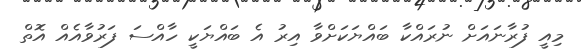
މިއީ ފުރާނައަށް ނުރައްކާ ބައްޔަކަށްވާ އިރު އެ ބައްޔަކީ ހާއްސަ ފަރުވާއެއް އޮތް